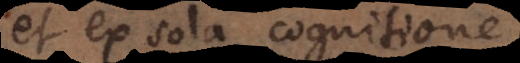
et ex sola cognitione